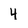
Character: 4